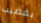
بقضيب